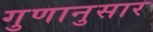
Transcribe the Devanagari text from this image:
गुणानुसार